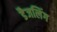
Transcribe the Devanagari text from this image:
डैजलिंग